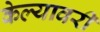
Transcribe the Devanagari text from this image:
केल्यावरी